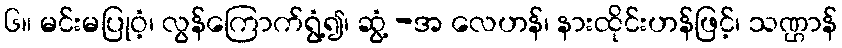
၆။ မင်းမပြုဝံ့၊ လွန်ကြောက်ရွံ့၍၊ ဆွံ့ -အ လေဟန်၊ နားထိုင်းဟန်ဖြင့်၊ သဏ္ဌာန်